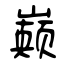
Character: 巅